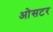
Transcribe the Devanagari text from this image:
ओसटर